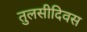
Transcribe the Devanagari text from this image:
तुलसीदिवस